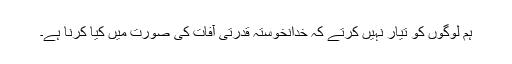
ہم لوگوں کو تیار نہیں کرتے کہ خدانخوستہ قدرتی آفات کی صورت میں کیا کرنا ہے۔